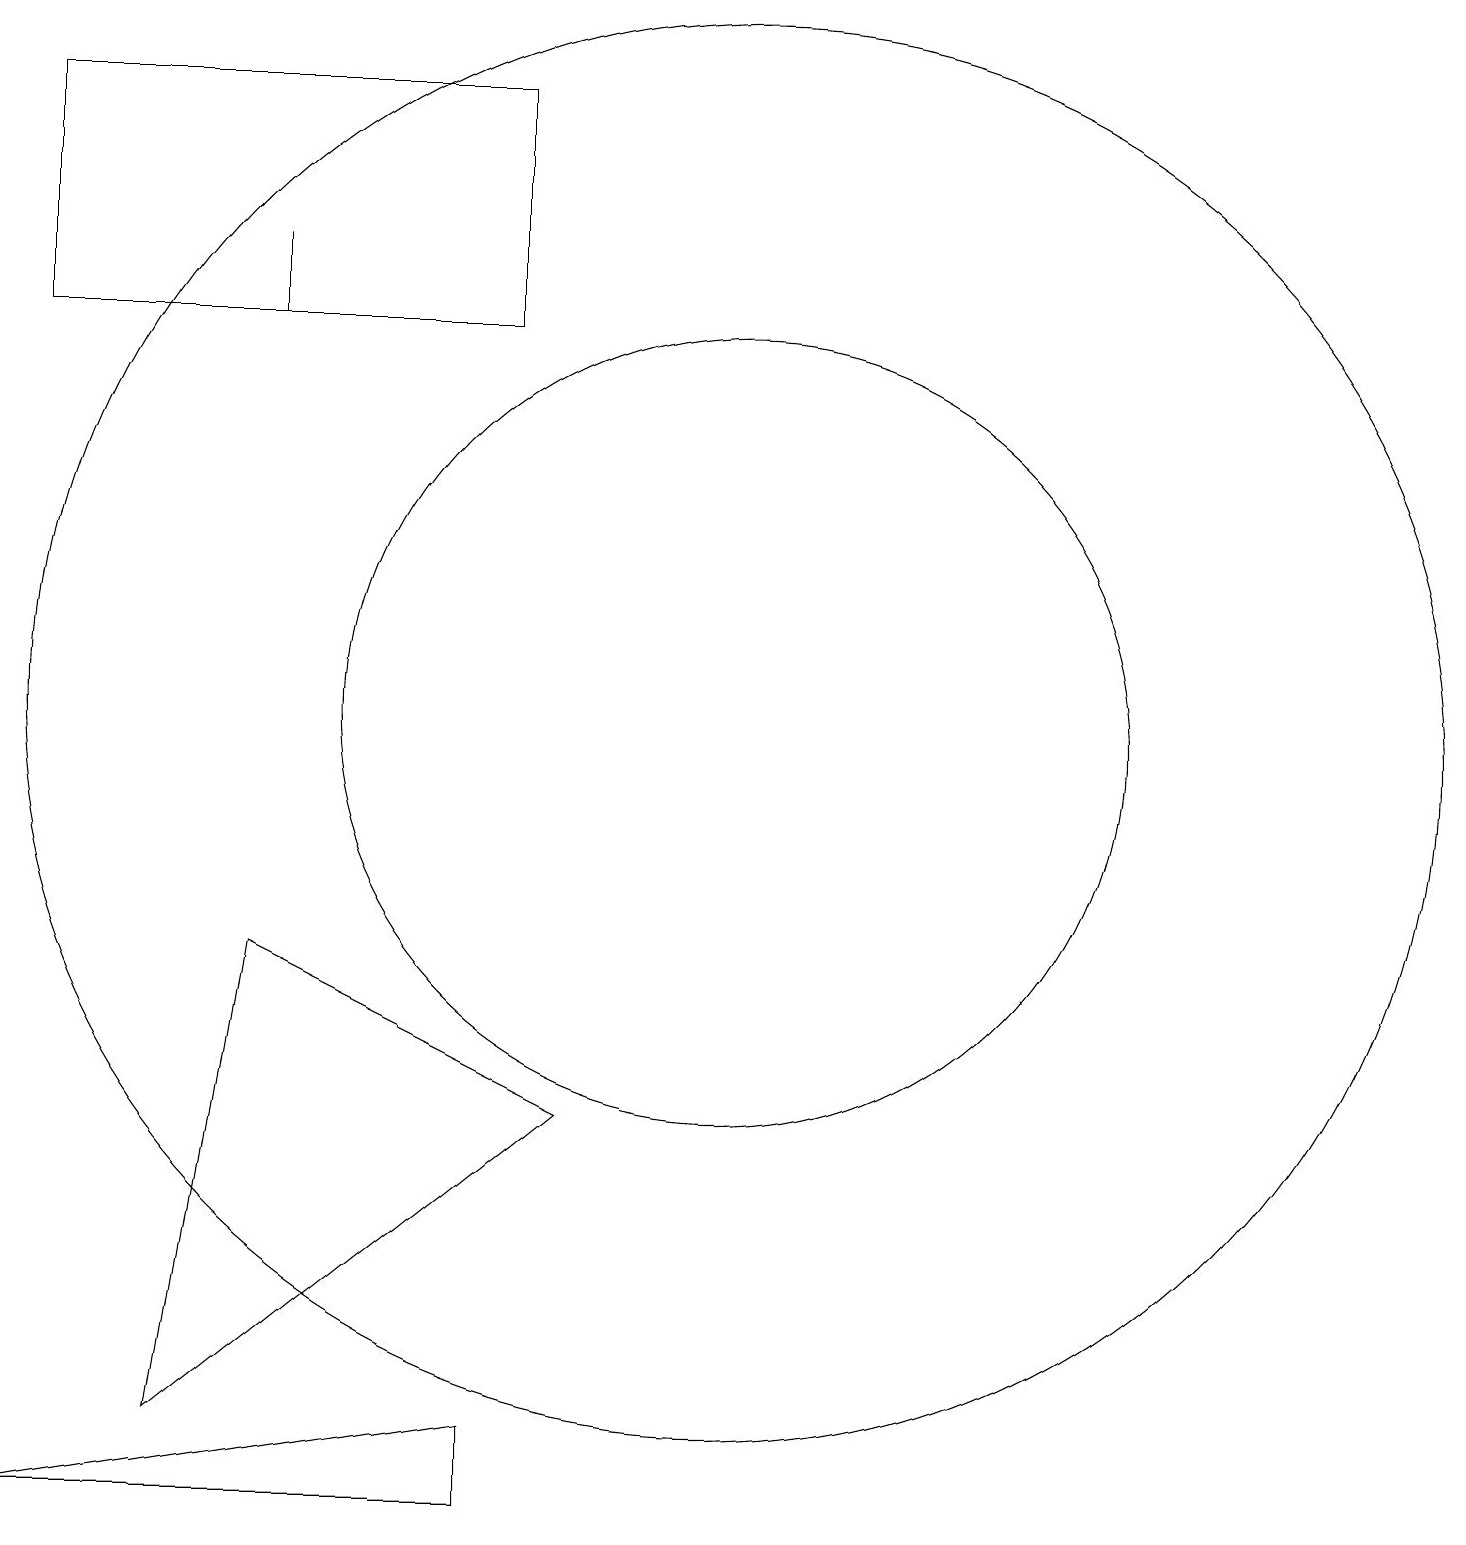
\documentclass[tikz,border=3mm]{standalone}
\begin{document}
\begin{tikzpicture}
\draw (10,11) circle (9);
\draw (1,1) -- (7,1) -- (7,2) -- cycle;
\draw (8,6) -- (4,8) -- (3,2) -- cycle;
\draw (1,16) rectangle (7,19);
\draw (10,11) circle (5);
\draw (4,17) rectangle (4,16);
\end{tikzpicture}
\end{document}